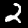
Digit: 2